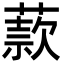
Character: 䕀